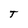
Character: T